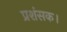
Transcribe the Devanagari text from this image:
प्रशंसक।